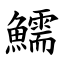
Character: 鱬